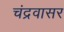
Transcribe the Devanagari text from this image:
चंद्रवासर